Lunatic asylums Bombay report 1878-1890 - 1878-1890
Year: 1878
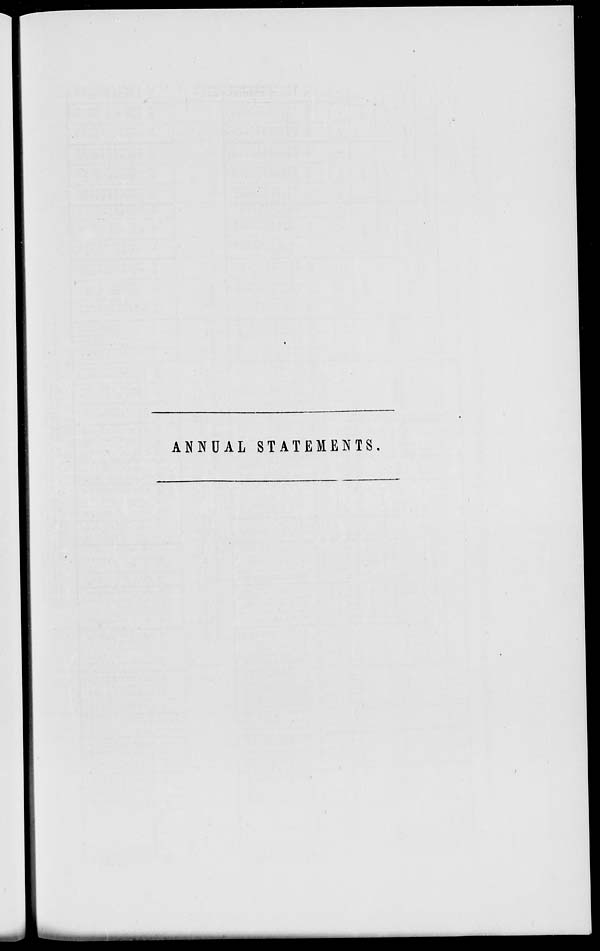
ANNUAL STATEMENTS.